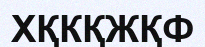
ХҚКҚЖҚФ